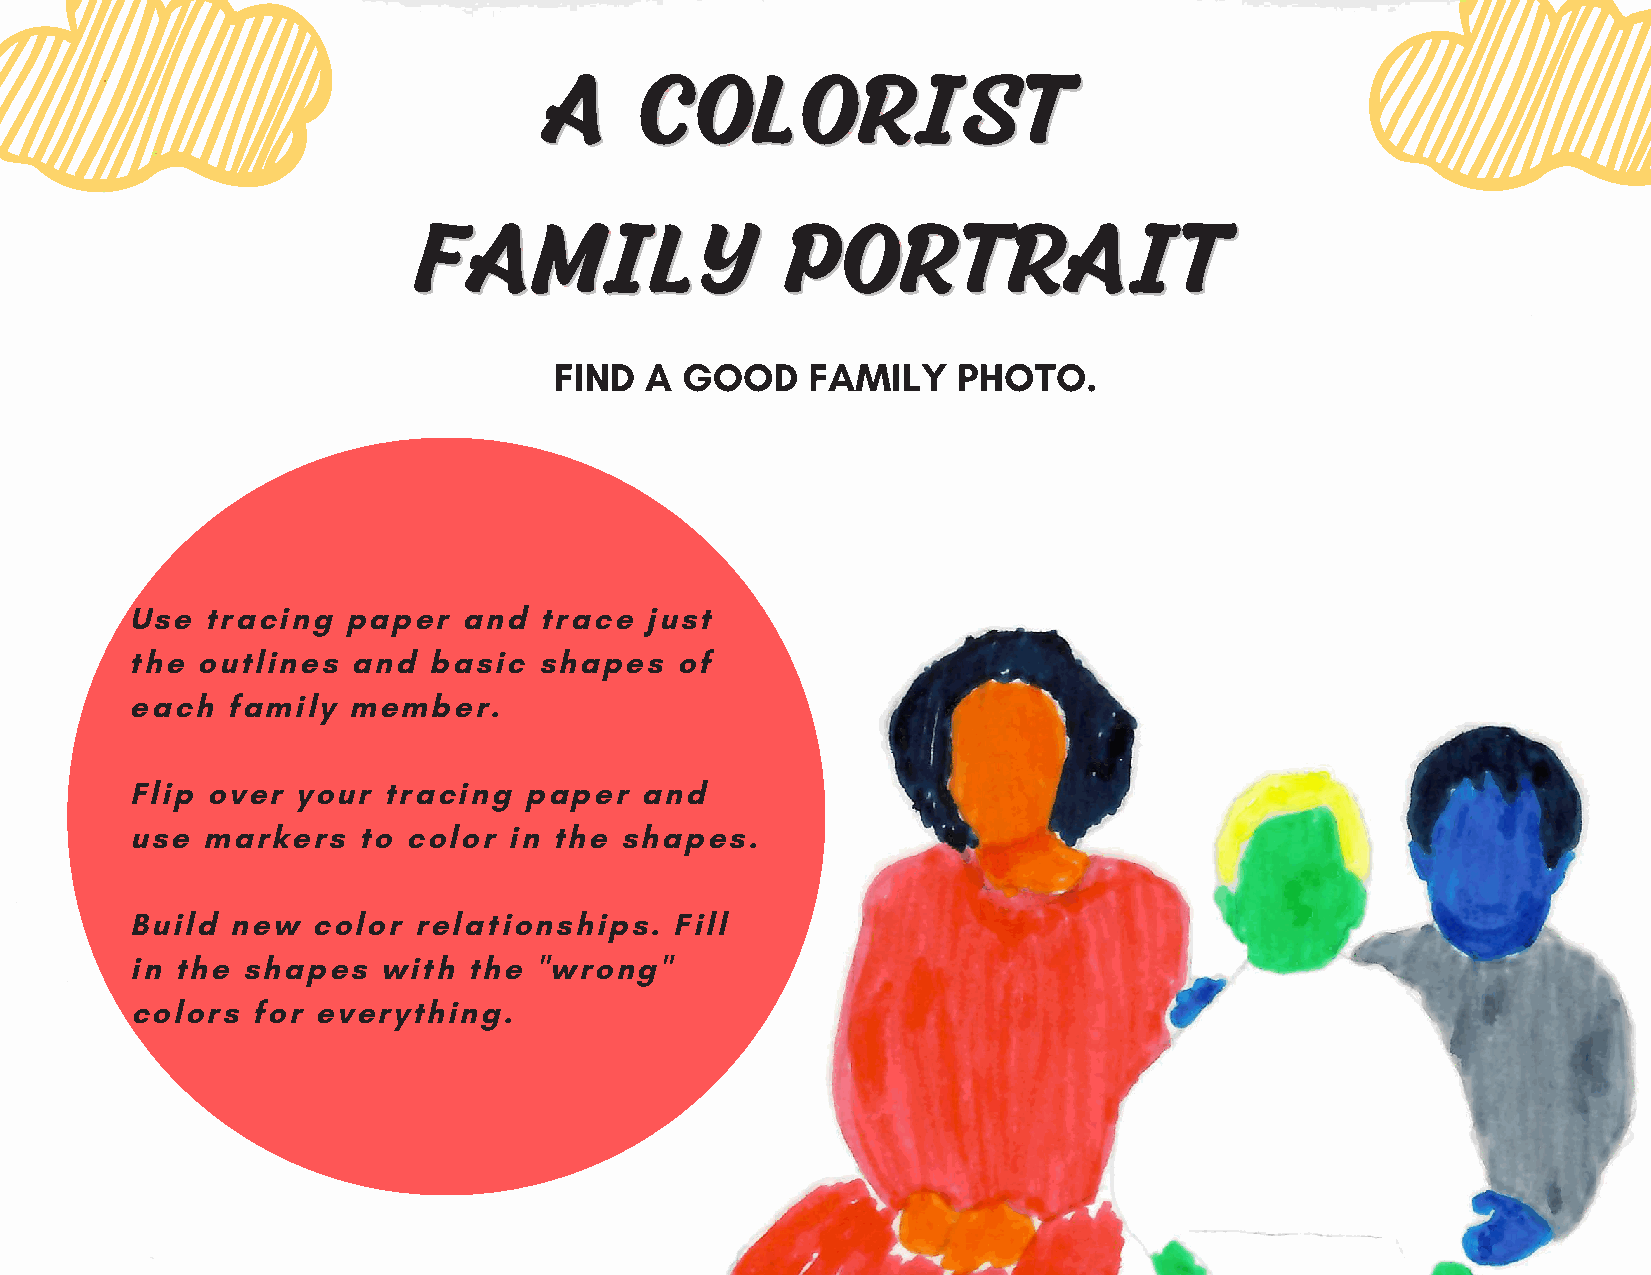
AA    CCOOLLOORRIISSTT
 FFAAMMIILLYY            PPOORRTTRRAAIITT
 FIND  A GOOD    FAMILY    PHOTO.
 Use  tracing  paper   and  trace  just
 the outlines  and  basic   shapes   of
 each  family  member.
 Flip over  your tracing   paper  and
 use markers    to color  in the shapes.
 Build new   color relationships.    Fill
 in the shapes   with  the "wrong"
 colors  for everything.